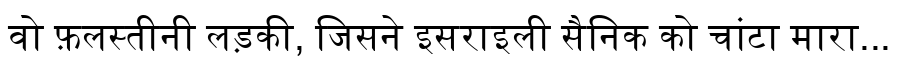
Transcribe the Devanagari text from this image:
वो फ़लस्तीनी लड़की, जिसने इसराइली सैनिक को चांटा मारा...